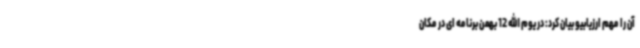
آن را مهم ارزیابیو بیان کرد: در یوم الله 12 بهمن برنامه ای در مکان